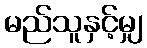
မည်သူနှင့်မျှ